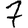
Digit: 7